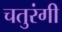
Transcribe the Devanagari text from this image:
चतुरंगी